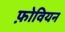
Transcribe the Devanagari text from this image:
फ़ोवियन